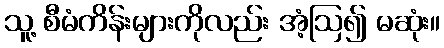
သူ့ စီမံကိန်းများကိုလည်း အံ့ဩ၍ မဆုံး။